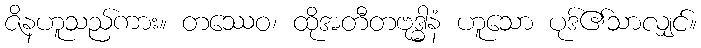
ဇိနဟူသည်ကား။ တဿေဝ၊ ထိုအတီတဗုဒ္ဓါနံ ဟူသော ပုဒ်၏သာလျှင်။